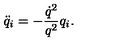
\ddot { q } _ { i } = - \frac { \dot { q } ^ { 2 } } { q ^ { 2 } } q _ { i } .